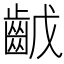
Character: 𪗥